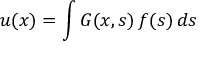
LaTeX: u ( x ) = \int G ( x , s ) \, f ( s ) \, d s